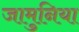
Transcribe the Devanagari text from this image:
जामुनिया